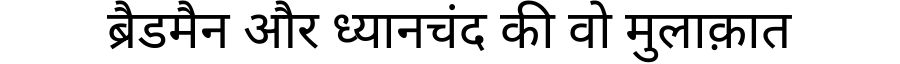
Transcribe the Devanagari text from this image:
ब्रैडमैन और ध्यानचंद की वो मुलाक़ात